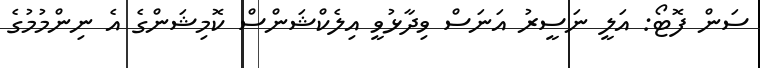
ސަން ފޮޓޯ: އަލީ ނަސީރު އަނަސް ވިދާޅުވީ އިލެކްޝަންސް ކޮމިޝަންގެ އެ ނިންމުމުގެ